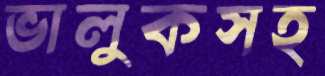
ভালুকসহ